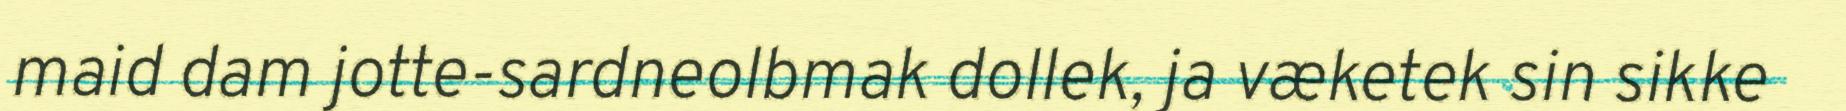
maid dam jotte-sardneolbmak dollek, ja væketek sin sikke